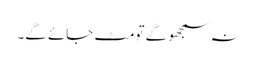
نہ سمجھو گے تو مٹ جائے گے۔